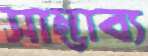
সাম্ভাব্য